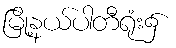
မြို့နယ်ပါတီရုံး၌